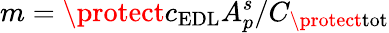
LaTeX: m=\protect c_{\mathrm{EDL}}A_{p}^{s}/C_{\protect\mathrm{tot}}